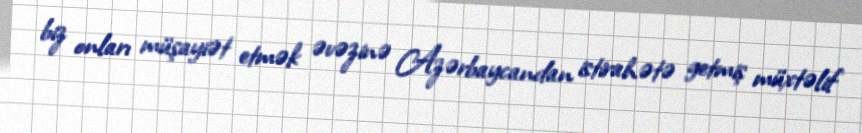
biz onları müşayiət etmək əvəzinə Azərbaycandan istirahətə getmiş müxtəlif